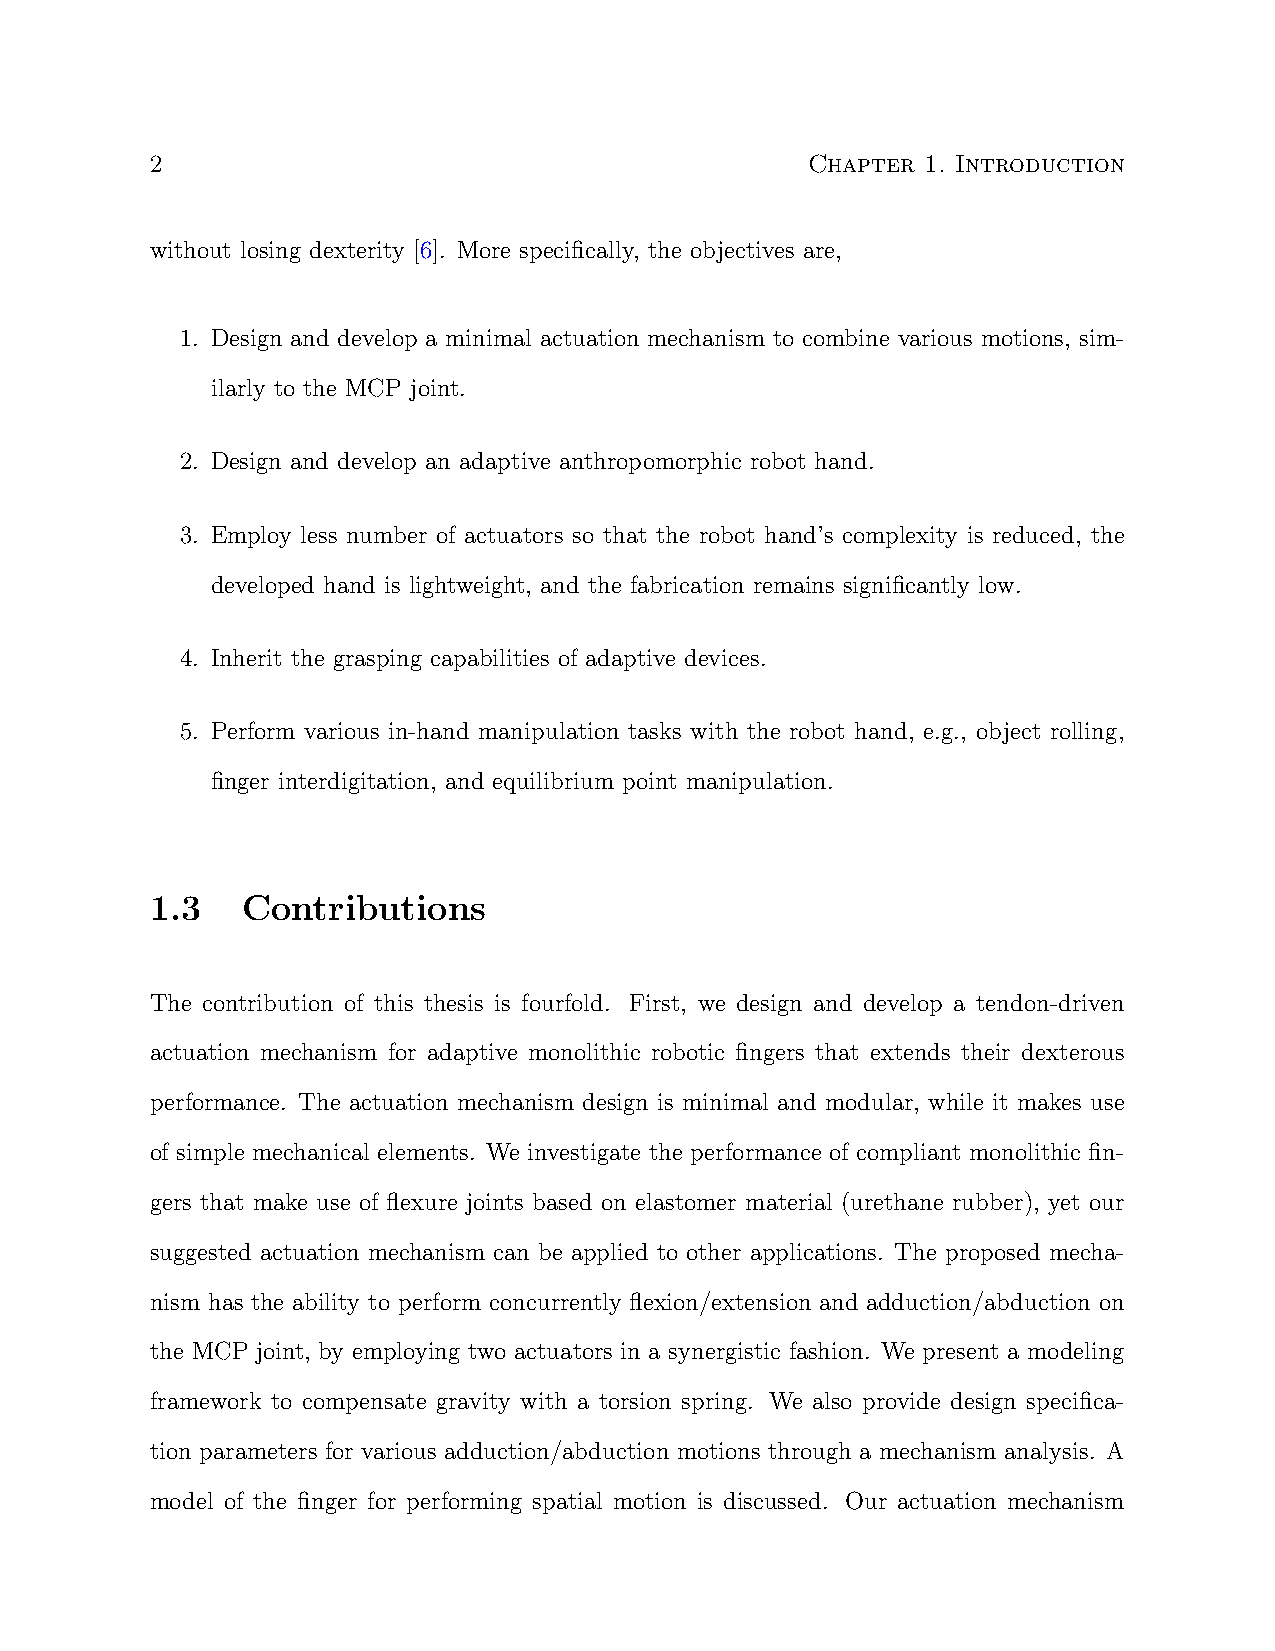
2                                          Chapter 1. Introduction
 without losing dexterity [6]. More specifically, the objectives are,
 1. Design and develop a minimal actuation mechanism to combine various motions, sim-
 ilarly to the MCP joint.
 2. Design and develop an adaptive anthropomorphic robot hand.
 3. Employ less number of actuators so that the robot hand’s complexity is reduced, the
 developed hand is lightweight, and the fabrication remains significantly low.
 4. Inherit the grasping capabilities of adaptive devices.
 5. Perform various in-hand manipulation tasks with the robot hand, e.g., object rolling,
 finger interdigitation, and equilibrium point manipulation.
 1.3   Contributions
 The contribution of this thesis is fourfold. First, we design and develop a tendon-driven
 actuation mechanism for adaptive monolithic robotic fingers that extends their dexterous
 performance. The actuation mechanism design is minimal and modular, while it makes use
 of simple mechanical elements. We investigate the performance of compliant monolithic fin-
 gers that make use of flexure joints based on elastomer material (urethane rubber), yet our
 suggested actuation mechanism can be applied to other applications. The proposed mecha-
 nism has the ability to perform concurrently flexion/extension and adduction/abduction on
 the MCP joint, by employing two actuators in a synergistic fashion. We present a modeling
 framework to compensate gravity with a torsion spring. We also provide design specifica-
 tion parameters for various adduction/abduction motions through a mechanism analysis. A
 model of the finger for performing spatial motion is discussed. Our actuation mechanism